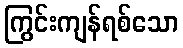
ကြွင်းကျန်ရစ်သော